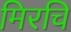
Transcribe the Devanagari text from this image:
मिरचि